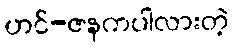
ဟင်-ဇနကပါလားတဲ့